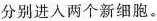
分别进入两个新细胞。